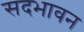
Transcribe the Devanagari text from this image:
सदभावन